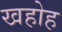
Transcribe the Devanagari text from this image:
खहोह